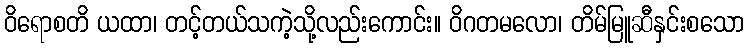
ဝိရောစတိ ယထာ၊ တင့်တယ်သကဲ့သို့လည်းကောင်း။ ဝိဂတမလော၊ တိမ်မြူဆီနှင်းစသော